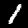
Label: 1